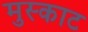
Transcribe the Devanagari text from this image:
मुस्काट